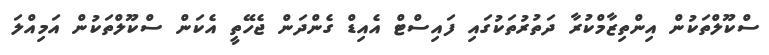
ސްކޫލްތަކުން އިންތިޒާމްކުރާ ދަތުރުތަކުގައި ފައިސްޓް އެއިޑް ގެންދަން ޖެހޭތީ އެކަން ސްކޫލްތަކުން އަމިއްލަ